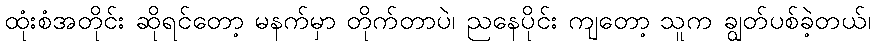
ထုံးစံအတိုင်း ဆိုရင်တော့ မနက်မှာ တိုက်တာပဲ၊ ညနေပိုင်း ကျတော့ သူက ချွတ်ပစ်ခဲ့တယ်၊